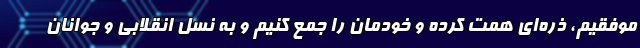
موفقیم، ذره‌ای همت کرده و خودمان را جمع کنیم و به نسل انقلابی و جوانان